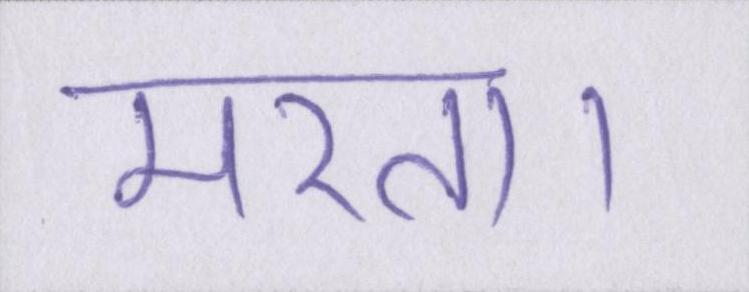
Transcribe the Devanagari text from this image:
मरता।